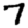
Digit: 7